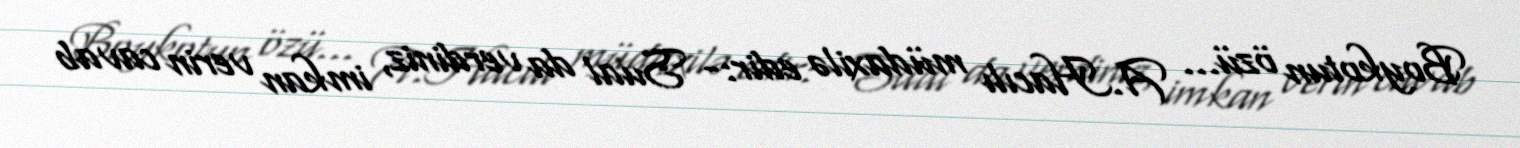
Boykotun özü... A.Hacılı müdaxilə edir:- Sual da verdiniz, imkan verin cavab